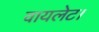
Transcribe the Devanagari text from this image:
वायलेट।